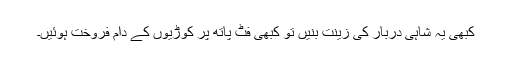
کبھی یہ شاہی دربار کی زینت بنیں تو کبھی فٹ پاتھ پر کوڑیوں کے دام فروخت ہوئیں۔